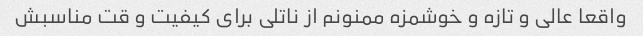
واقعا عالی و تازه و خوشمزه ممنونم از ناتلی برای کیفیت و قت مناسبش